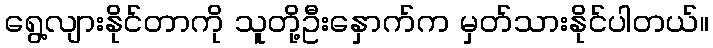
ရွေ့လျားနိုင်တာကို သူတို့ဦးနှောက်က မှတ်သားနိုင်ပါတယ်။